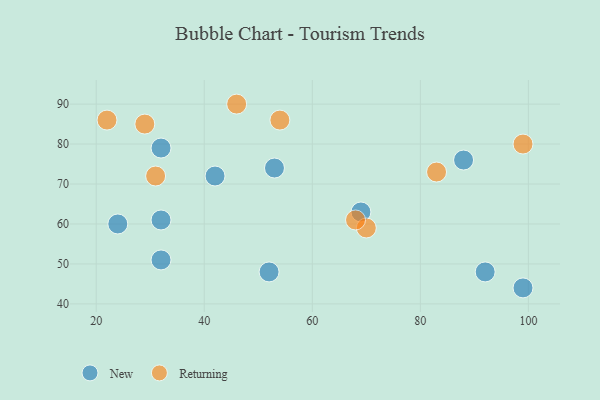
{"axis": {"x": "GDP", "y": "Life Expectancy"}, "legend": ["New", "Returning"], "data": [{"x": "52", "y": 48, "type": "New"}, {"x": "99", "y": 44, "type": "New"}, {"x": "69", "y": 63, "type": "New"}, {"x": "32", "y": 51, "type": "New"}, {"x": "92", "y": 48, "type": "New"}, {"x": "42", "y": 72, "type": "New"}, {"x": "88", "y": 76, "type": "New"}, {"x": "24", "y": 60, "type": "New"}, {"x": "53", "y": 74, "type": "New"}, {"x": "32", "y": 79, "type": "New"}, {"x": "32", "y": 61, "type": "New"}, {"x": "31", "y": 72, "type": "Returning"}, {"x": "99", "y": 80, "type": "Returning"}, {"x": "46", "y": 90, "type": "Returning"}, {"x": "70", "y": 59, "type": "Returning"}, {"x": "83", "y": 73, "type": "Returning"}, {"x": "68", "y": 61, "type": "Returning"}, {"x": "54", "y": 86, "type": "Returning"}, {"x": "22", "y": 86, "type": "Returning"}, {"x": "29", "y": 85, "type": "Returning"}]}